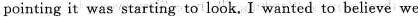
pointing it was starting to look. I wanted to believe we